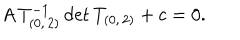
A \, T _ { ( 0 , \, 2 ) } ^ { - 1 } \, \mathrm { d e t } \, T _ { ( 0 , \, 2 ) } + c = 0 .